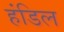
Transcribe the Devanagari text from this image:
हंडिल